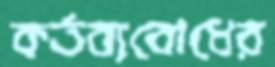
কর্তব্যবোধের